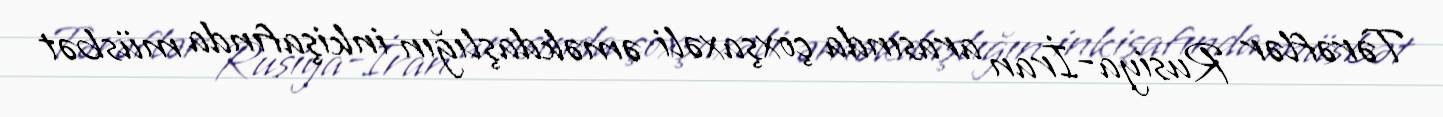
Tərəflər Rusiya-İran arasında çoxşaxəli əməkdaşlığın inkişafında müsbət